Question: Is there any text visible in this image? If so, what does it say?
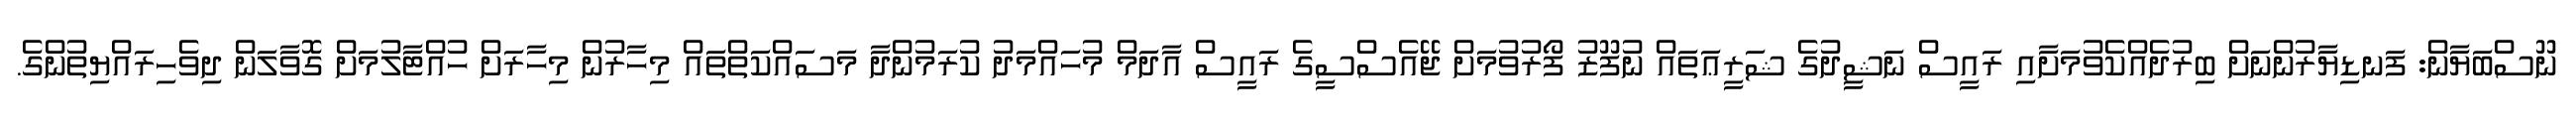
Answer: ނޫސްބަޔާން: ފަނޑިޔާރުންނަށް ބިރުދެއްކެވުމަށާއި ރައީސް ނަޝީދުގެ ޝަރީޢަތައް ނުފޫޒު ފޯރުވުމަށް ޖޭއެސްސީގެ ރައީސް އާދަމް މުހައްމަދު ކުރަމުންދާ މަސައްކަތްތައް މިހާރުން މިހާރަށް ހުއްޓާލުމަށް ގޮވާލަން ދިވެހިރައްޔިތުންގެ.